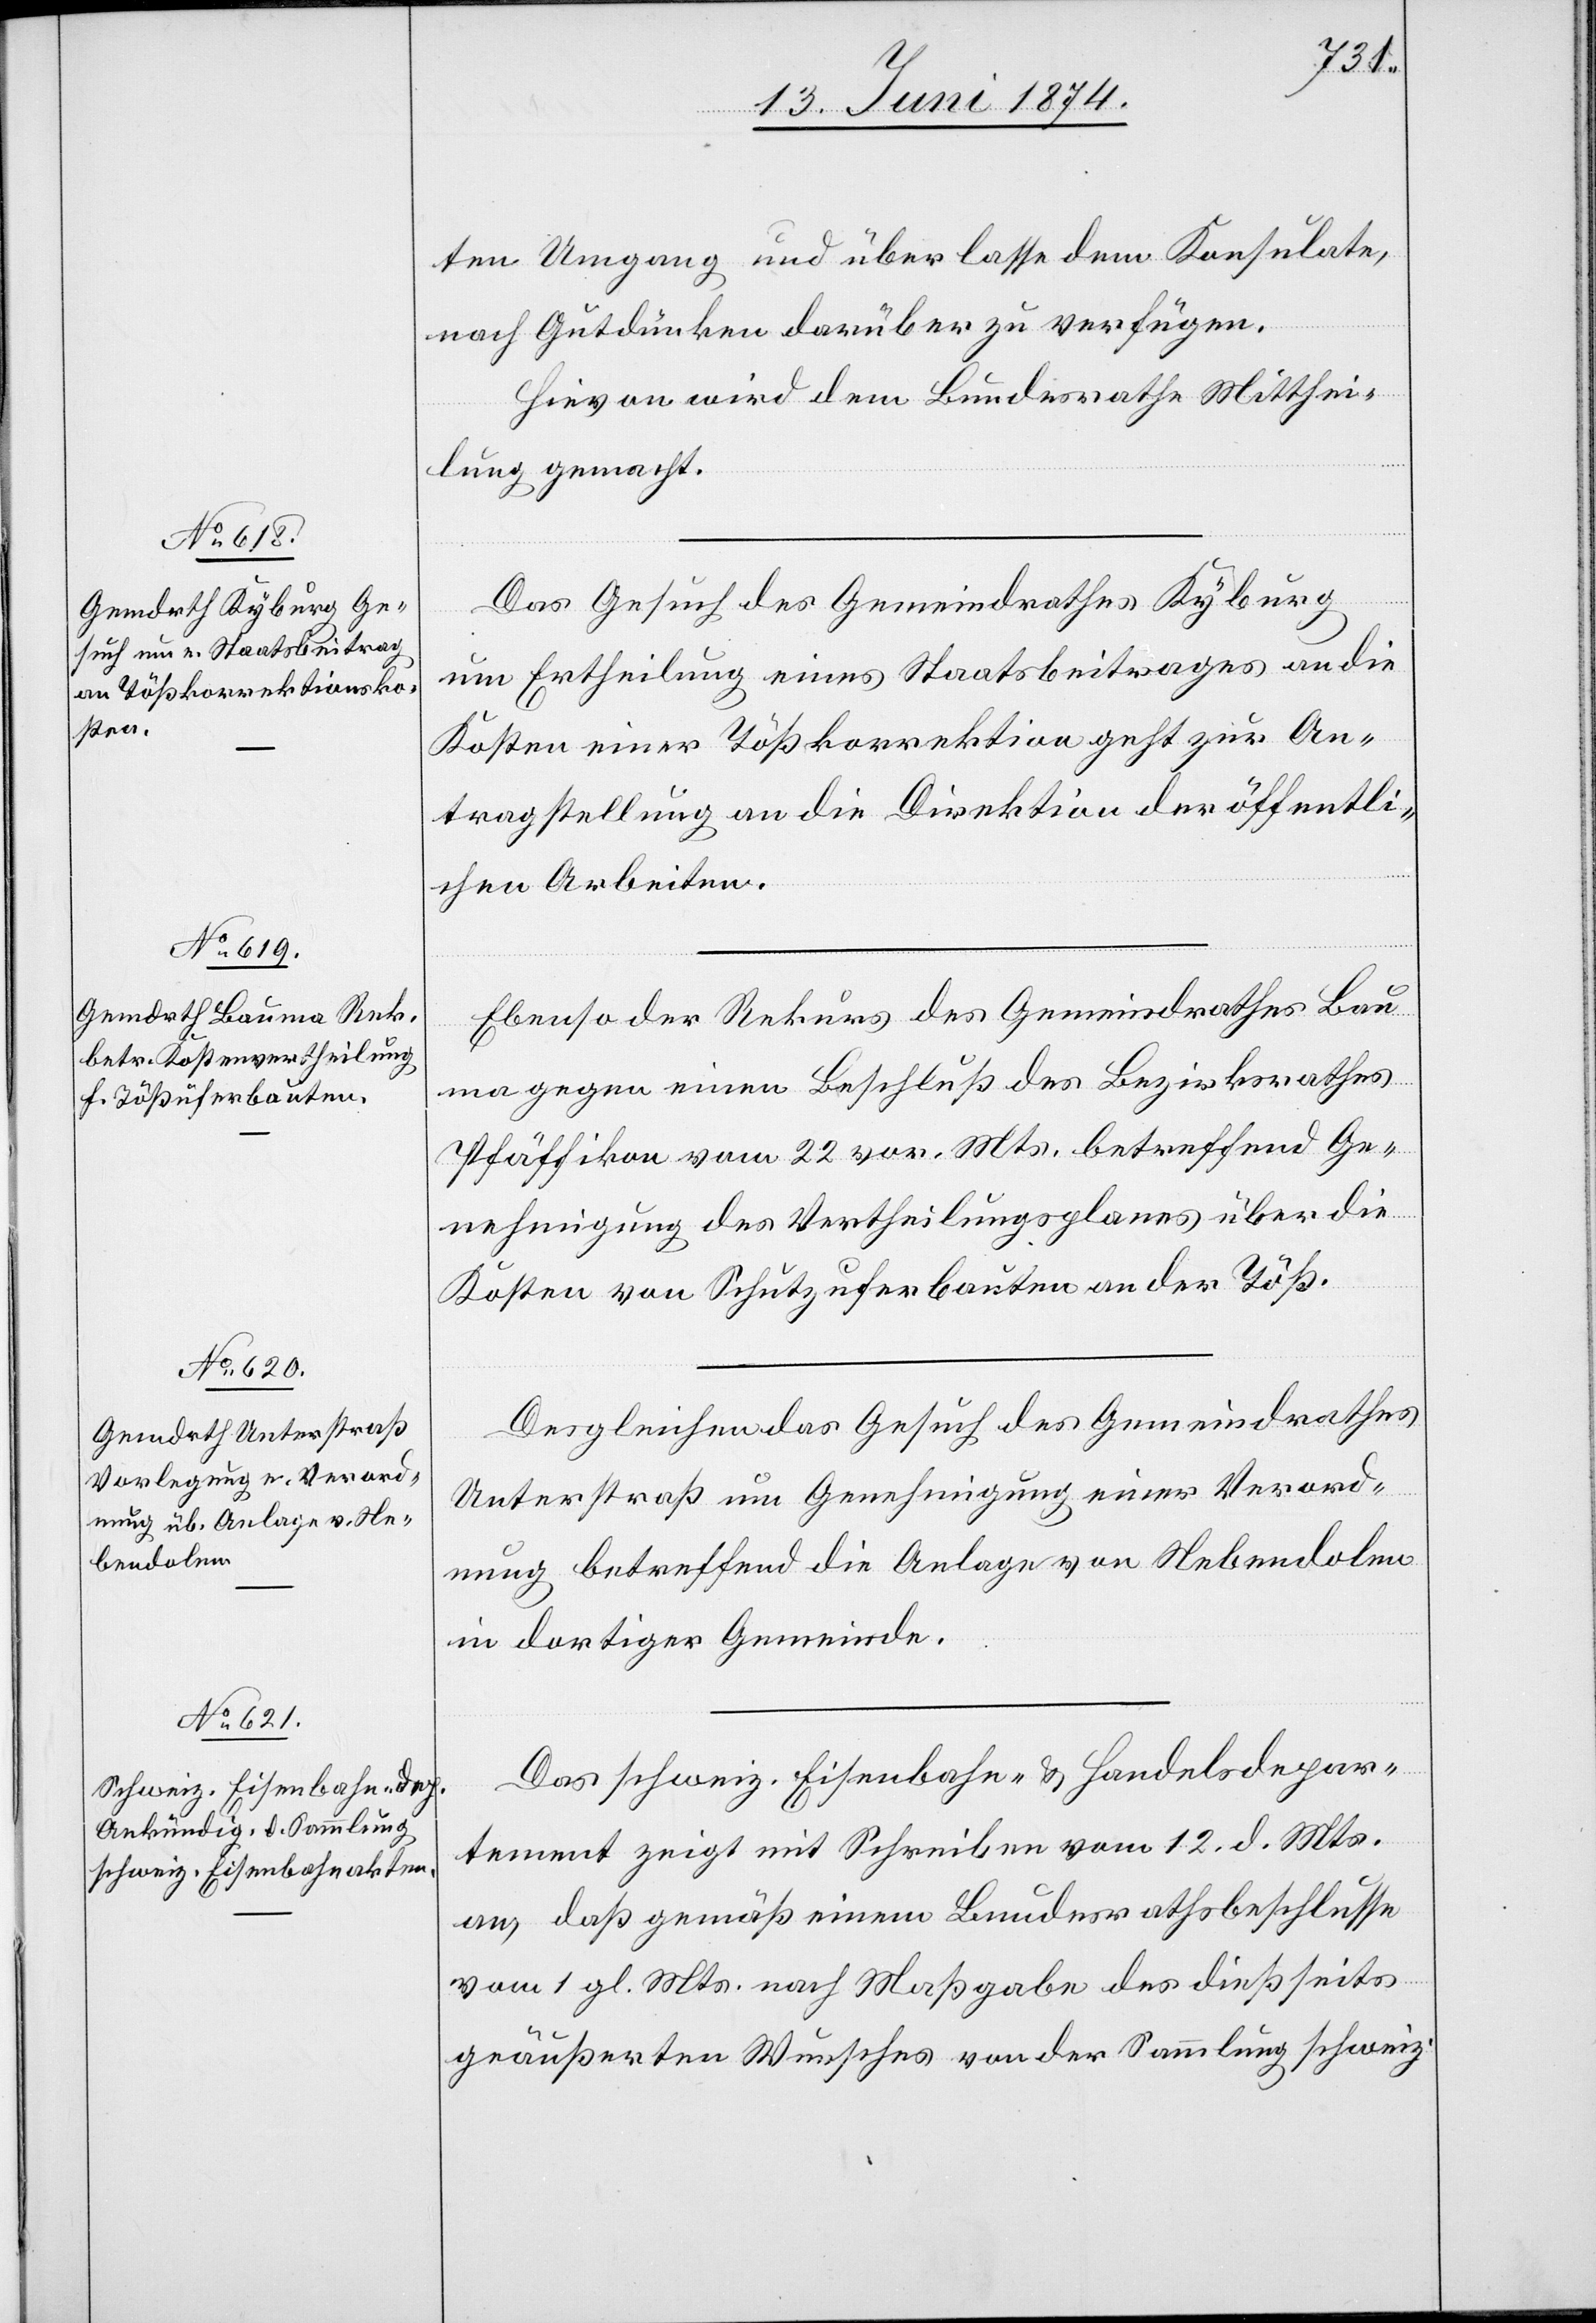
15. Juni 1874.]
ten Umgang und überlasse dem Konsulate,
nach Gutdünken darüber zu verfügen.
Hievon wird dem Bundesrathe Mitthei¬
lung gemacht.
Das Gesuch des Gemeindrathes Kyburg
um Ertheilung eines Staatsbeitrages an die
Kosten einer Tößkorrektion geht zur An¬
tragstellung an die Direktion der öffentli¬
chen Arbeiten.
Ebenso der Rekurs des Gemeindrathes Bau¬
ma gegen einen Beschluß des Bezirksrathes
Pfäffikon vom 22. vor. Mts. betreffend Ge¬
nehmigung des Vertheilungsplanes über die
Kosten von Schutzuferbauten an der Töß.
Desgleichen das Gesuch des Gemeindrathes
Unterstraß um Genehmigung einer Verord¬
nung betreffend die Anlage von Nebendolen
in dortiger Gemeinde.
Das schweiz. Eisenbahn- u. Handelsdepar¬
tement zeigt mit Schreiben vom 12. d. Mts.
an, daß gemäß einem Bundesrathsbeschlusse
vom 1. gl. Mts. nach Maßgabe des dießseits
geäußerten Wunsches von der Sammlung schweiz.